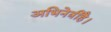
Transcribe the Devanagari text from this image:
अभिनेत्रीहै।